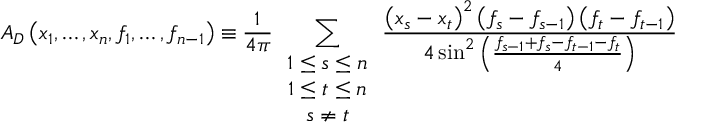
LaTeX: A _ { D } \left( x _ { 1 } , \ldots , x _ { n } , f _ { 1 } , \ldots , f _ { n - 1 } \right) \equiv \frac { 1 } { 4 \pi } \sum _ { \begin{array} { c } { { 1 \leq s \leq n } } \\ { { 1 \leq t \leq n } } \\ { { s \neq t } } \end{array} } \frac { \left( x _ { s } - x _ { t } \right) ^ { 2 } \left( f _ { s } - f _ { s - 1 } \right) \left( f _ { t } - f _ { t - 1 } \right) } { 4 \sin ^ { 2 } \left( \frac { f _ { s - 1 } + f _ { s } - f _ { t - 1 } - f _ { t } } { 4 } \right) }